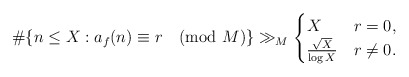
\begin{align*} \#\{ n\leq X : a_{f}(n)\equiv r \pmod{M} \} \gg_{M} \begin{cases}X &r=0,\\\frac{\sqrt{X}}{\log X} &r\neq 0.\end{cases}\end{align*}